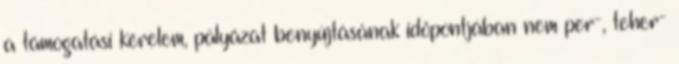
a támogatási kérelem, pályázat benyújtásának időpontjában nem per-, teher-